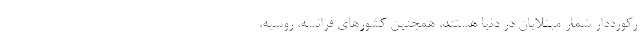
رکورددار شمار مبتلایان در دنیا هستند، همچنین کشورهای فرانسه، روسیه،